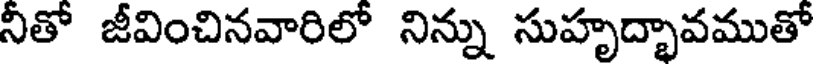
నీతో జీవించినవారిలో నిన్ను సుహృద్భావముతో